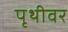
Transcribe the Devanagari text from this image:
पृथीवर